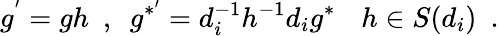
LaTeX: g^{'}=gh\ \ ,\ \ g^{*^{\prime}}=d_{i}^{-1}h^{-1}d_{i}g^{*}\ \, \ \ h\in S(d_{i})\ \ .